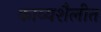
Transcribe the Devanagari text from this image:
काव्यशैलीत